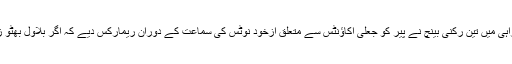
اسلام آباد میں بی بی سی کی نامہ نگار سحر بلوچ کے مطابق چیف جسٹس ثاقب نثارکی سربراہی میں تین رکنی بینچ نے پیر کو جعلی اکاؤنٹس سے متعلق ازخود نوٹس کی سماعت کے دوران ریمارکس دیے کہ اگر بلاول بھٹو زرداری کا تعلق اس مقدمے سے نہیں بنتا تو ان کا نام ای سی ایل میں کیوں شامل کیا گیا ہے؟